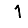
Digit: 1